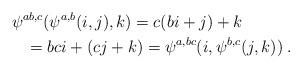
LaTeX: \begin{align*}\begin{multlined}\psi^{ab,c}(\psi^{a,b}(i,j),k)=c(bi+j)+k\\=bci+(cj+k)=\psi^{a,bc}(i,\psi^{b,c}(j,k))\;.\end{multlined}\end{align*}